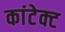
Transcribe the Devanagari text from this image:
कांटेक्‍ट